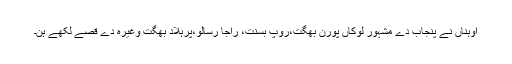
اوہناں نے پنجاب دے مشہور لوکاں پورن بھگت،روپ بسنت، راجا رسالو،پرہلاد بھگت وغیرہ دے قصے لکھے ہن۔